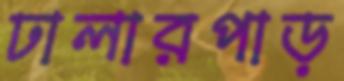
ঢালারপাড়